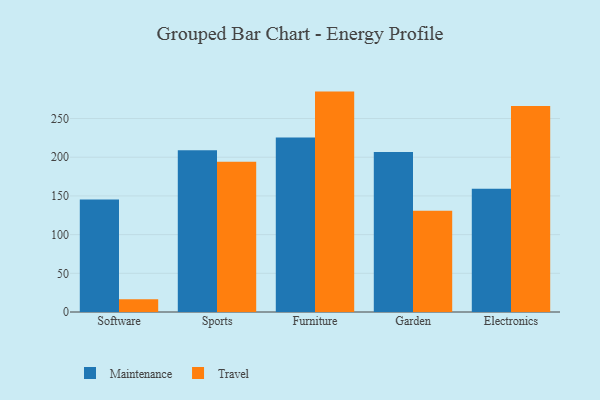
{"axis": {"x": "Category", "y": "Market Share (%)"}, "legend": ["Maintenance", "Travel"], "data": [{"x": "Software", "y": 145.4, "type": "Maintenance"}, {"x": "Software", "y": 16.6, "type": "Travel"}, {"x": "Sports", "y": 209.1, "type": "Maintenance"}, {"x": "Sports", "y": 194.3, "type": "Travel"}, {"x": "Furniture", "y": 225.4, "type": "Maintenance"}, {"x": "Furniture", "y": 284.8, "type": "Travel"}, {"x": "Garden", "y": 206.7, "type": "Maintenance"}, {"x": "Garden", "y": 130.9, "type": "Travel"}, {"x": "Electronics", "y": 159.2, "type": "Maintenance"}, {"x": "Electronics", "y": 266.3, "type": "Travel"}]}